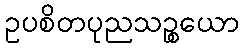
ဥပစိတပုညသဉ္စယော